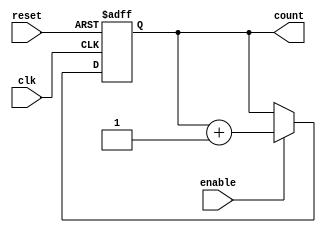
module BCD_Up_Counter_With_Enable (
    input wire clk,
    input wire reset,
    input wire enable,
    output reg [3:0] count
);

reg [3:0] next_count;

always @(posedge clk or posedge reset) begin
    if (reset) begin
        count <= 4'b0000;
    end else if (enable) begin
        next_count = count + 1;
        if (next_count == 4'd10) begin
            next_count <= 4'b0000;
        end
        count <= next_count;
    end
end

endmodule